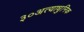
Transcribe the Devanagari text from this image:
३०अत्याधुनिक